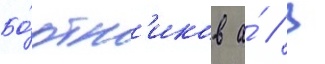
Бо́ртн'иков а́ // В